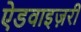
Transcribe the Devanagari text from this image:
ऐडवाइज़री